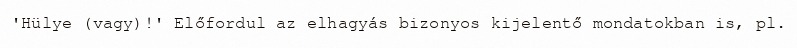
'Hülye (vagy)!' Előfordul az elhagyás bizonyos kijelentő mondatokban is, pl.